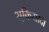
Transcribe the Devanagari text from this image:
शुक्रियादा